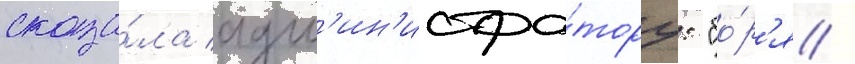
сказа́ла адм'ин'истра́тору: "бо́р'я /